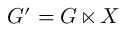
G ^ { \prime } = G \ltimes X